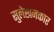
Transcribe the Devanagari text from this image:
सुलेखनकार